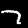
Label: 7